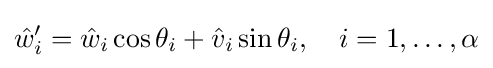
{\hat {w}}'_{i}={\hat {w}}_{i}\cos \theta _{i}+{\hat {v}}_{i}\sin \theta _{i},\quad i=1,\dots ,\alpha